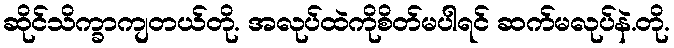
ဆိုင်သိက္ခာကျတယ်တို. အလုပ်ထဲကိုစိတ်မပါရင် ဆက်မလုပ်နဲ.တို.